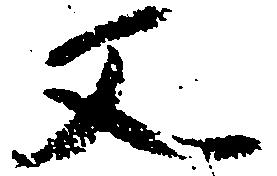
又